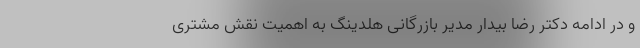
و در ادامه دکتر رضا بیدار مدیر بازرگانی هلدینگ به اهمیت نقش مشتری